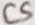
Text: C5